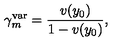
\gamma _ { m } ^ { \mathrm { v a r } } = { \frac { v ( y _ { 0 } ) } { 1 - v ( y _ { 0 } ) } } ,